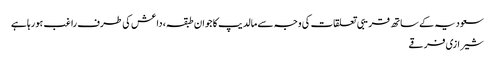
سعودیہ کے ساتھ قریبی تعلقات کی وجہ سے مالدیپ کا جوان طبقہ، داعش کی طرف راغب ہورہا ہے
شیرازی فرقے